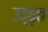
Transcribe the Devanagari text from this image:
उद्‍धृत